Indian Medical Review
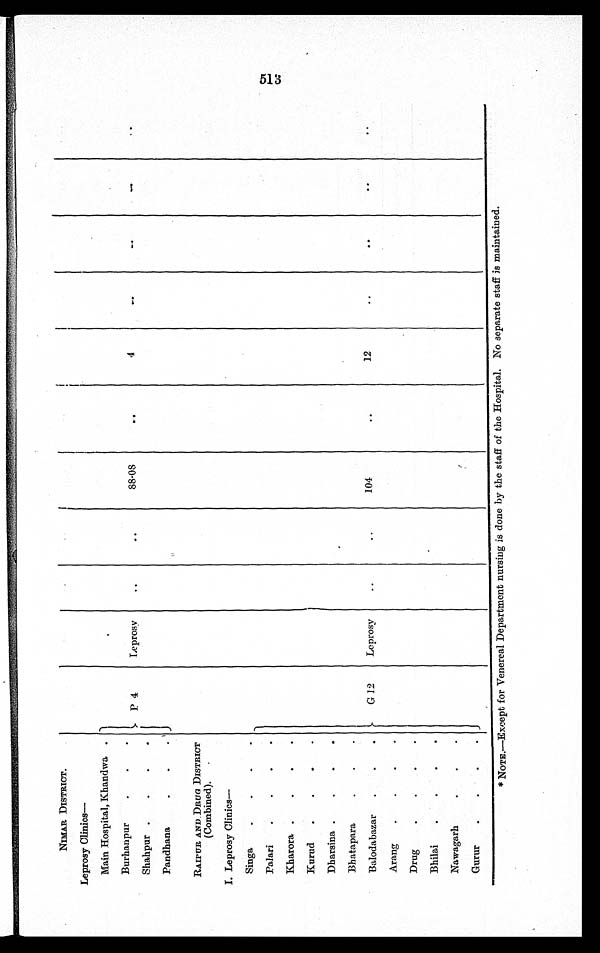
NIMAR DISTRICT.
Leprosy Clinics—
Main Hospital, Khandwa
P 4
Leprosy
..
..
88.08
. .
4 ...
. .
. .
. .
Burhanpur
Shahpur
Pandhana
RAIPUR AND DRUG DISTRICT
(Combined).
I. Leprosy Clinics
—
Singa
G 12
Leprosy
..
..
104
..
12
..
. .
..
..
Palari
Kharora
Kurud
Dharsina
Bhatapara
Balodabazar
Arang
Drug
Bhilai
Nawagarh
Gurur
*NOTE.—Except for Venereal Department nursing is done by the staff of the Hospital. No separate staff is maintained.